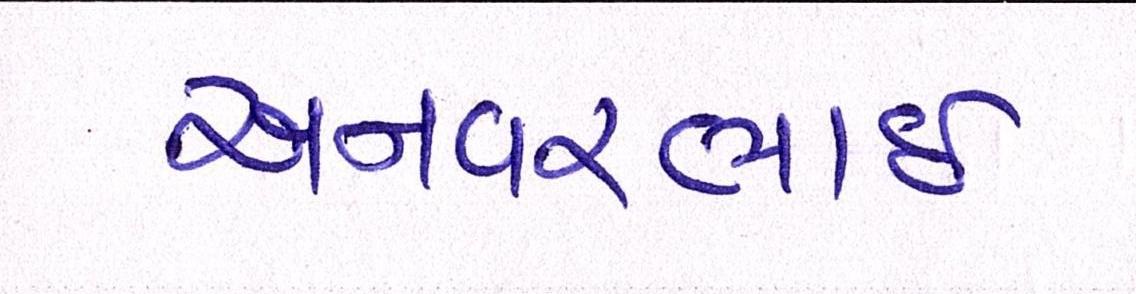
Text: અનવરભાઈ